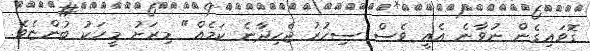
ގޮވައިގެން ނުވާނެ އެއީ ވެސް ސިހުރު ޖެހިދާނެ ކަމެއް" މިރަށު މީހަކު ބުންޏެވެ.